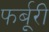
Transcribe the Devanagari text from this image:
फर्बूरी